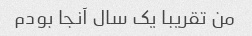
من تقریبا یک سال آنجا بودم